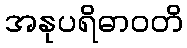
အနုပရိဓာဝတိ